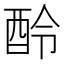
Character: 𨠎